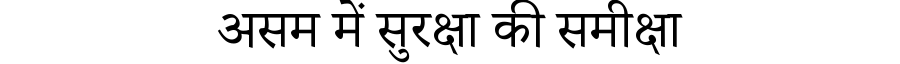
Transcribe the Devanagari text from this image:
असम में सुरक्षा की समीक्षा